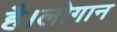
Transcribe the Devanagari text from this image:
है।लोगान